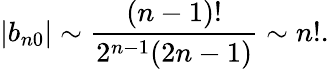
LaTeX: |b_{n0}|\sim\frac{(n-1)!}{2^{n-1}(2n-1)}\sim n!.